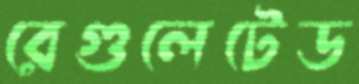
রেগুলেটেড